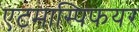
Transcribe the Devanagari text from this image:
एटमास्पिफयर